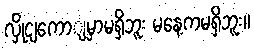
လှိုငျကောျမှာမရှိဘူး မနေ့ကမရှိဘူး။